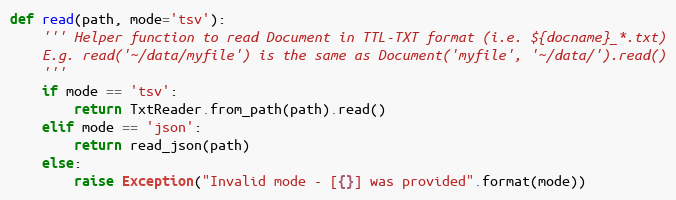
Language: Python
def read(path, mode='tsv'):
    ''' Helper function to read Document in TTL-TXT format (i.e. ${docname}_*.txt)
    E.g. read('~/data/myfile') is the same as Document('myfile', '~/data/').read()
    '''
    if mode == 'tsv':
        return TxtReader.from_path(path).read()
    elif mode == 'json':
        return read_json(path)
    else:
        raise Exception("Invalid mode - [{}] was provided".format(mode))